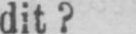
dit?